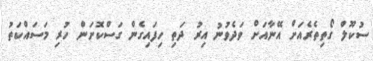
ސުކޫލް ގޯތިތެރެއަށް އޭނާއަށް ވަދެވުނު އިރު ދަތި ހިފައިގެން ގަސްކޮށަން ހުރި މަސައްކަތު